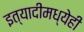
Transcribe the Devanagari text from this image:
इत्यादीमध्येही